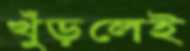
খুঁড়লেই